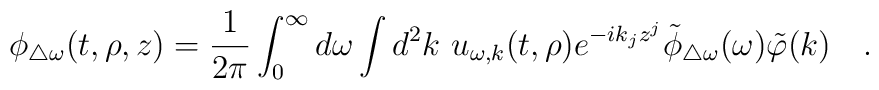
\phi_{\triangle \omega}(t,\rho,z)= {1  \over 2\pi} \int_{0}^{\infty}d\omega\int d^2k~ u_{\omega,k}(t,\rho) e^{-ik_jz^j}\tilde{\phi}_{\triangle \omega}(\omega)\tilde{\varphi}(k)~~~.